Problem: 6 × 8 = ?
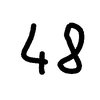
Handwritten answer: 48